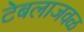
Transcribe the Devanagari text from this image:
टेबलाजवळ